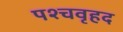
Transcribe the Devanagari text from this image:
पश्चवृहद